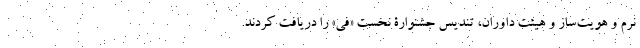
نرم و هویت‌ساز و هیئت داوران، تندیس جشنوارۀ نخست «فی» را دریافت کردند.